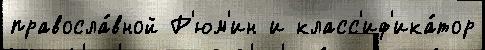
правосла́вной Р'юм'ин и класс'иф'ика́тор